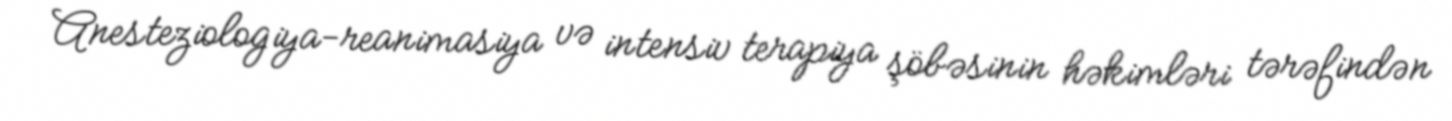
Anesteziologiya-reanimasiya və intensiv terapiya şöbəsinin həkimləri tərəfindən